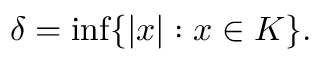
\delta = \operatorname* { i n f } \{ | x | : x \in K \} .